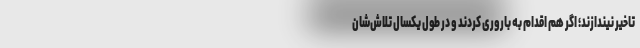
تاخیر نیندازند؛ اگر هم اقدام به باروری کردند و در طول یکسال تلاش‌شان